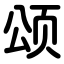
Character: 颂